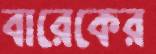
বারেকের